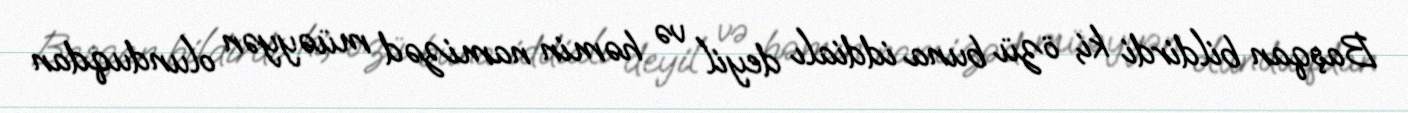
Başqan bildirdi ki, özü buna iddialı deyil və həmin namizəd müəyyən olunduqdan